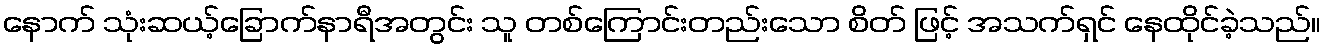
နောက် သုံးဆယ့်ခြောက်နာရီအတွင်း သူ တစ်ကြောင်းတည်းသော စိတ် ဖြင့် အသက်ရှင် နေထိုင်ခဲ့သည်။